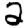
Digit: 2